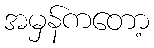
အမှန်ကတော့